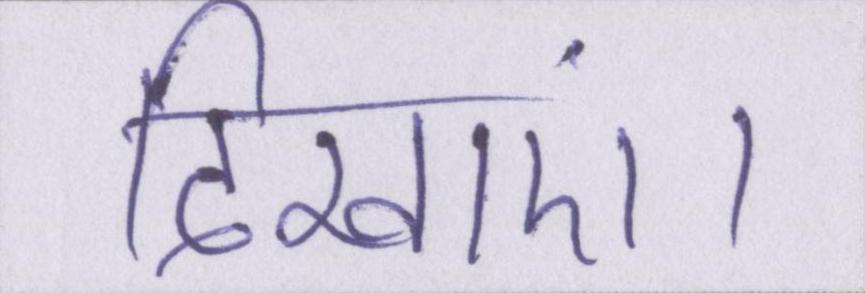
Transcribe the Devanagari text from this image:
दिखाएं।